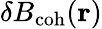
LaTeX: {\mathbf\delta B}_{\mathrm{coh}}({\mathbf r})